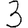
Digit: 3